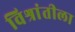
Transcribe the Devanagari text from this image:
विश्रांतीला